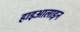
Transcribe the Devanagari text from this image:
हाइआलाइन